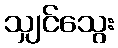
သျှင်သွေး